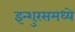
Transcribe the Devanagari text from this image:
इन्शुरंसमध्ये